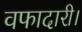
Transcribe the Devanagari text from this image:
वफादारी।